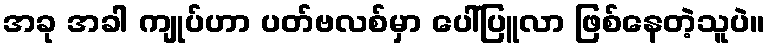
အခု အခါ ကျုပ်ဟာ ပတ်ဗလစ်မှာ ပေါ်ပြူလာ ဖြစ်နေတဲ့သူပဲ။